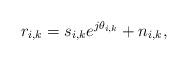
LaTeX: \begin{align*}r_{i,k} = s_{i,k}e^{j\theta_{i,k}}+n_{i,k},\end{align*}